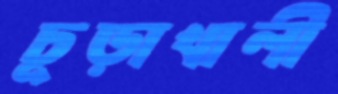
চূড়াখালী